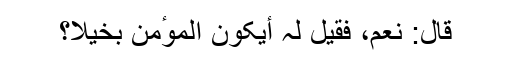
قال: نعم، فقیل لہ أیکون الموٴمن بخیلا؟